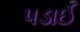
પડાઈ